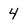
Character: 4